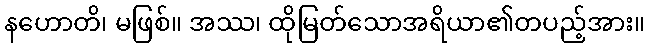
နဟောတိ၊ မဖြစ်။ အဿ၊ ထိုမြတ်သောအရိယာ၏တပည့်အား။